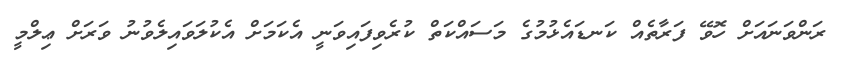
ރަންވަނައަށް ހޮވޭ ފަރާތެއް ކަނޑައެޅުމުގެ މަސައްކަތް ކުރެވިފައިވަނީ އެކަމަށް އެކުލަވައިލެވުނު ވަރަށް ޢިލްމީ